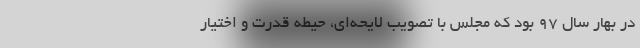
در بهار سال ۹۷ بود که مجلس با تصویب لایحه‌ای، حیطه قدرت و اختیار